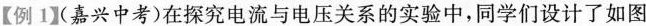
【例1】(嘉兴中考)在探究电流与电压关系的实验中，同学们设计了如图